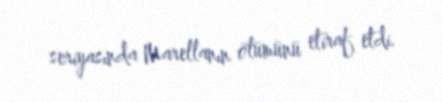
seriyasında Marellanın ölümünü etiraf etdi.